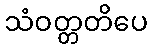
သံဝတ္တတိပေ